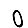
Digit: 0